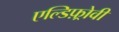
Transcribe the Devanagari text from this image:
एल्डिफ़्रोवी